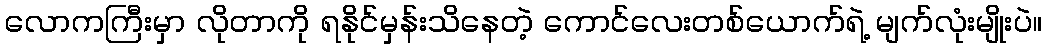
လောကကြီးမှာ လိုတာကို ရနိုင်မှန်းသိနေတဲ့ ကောင်လေးတစ်ယောက်ရဲ့ မျက်လုံးမျိုးပဲ။